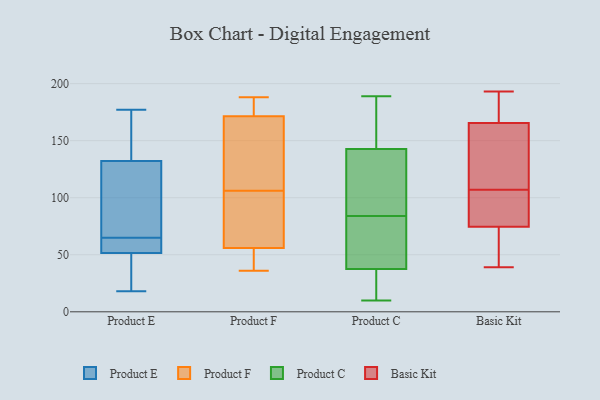
{"axis": {"x": "Demand Index", "y": "Value"}, "legend": ["Basic Kit", "Product C", "Product E", "Product F"], "data": [{"x": "", "y": 65, "type": "Product E"}, {"x": "", "y": 44, "type": "Product E"}, {"x": "", "y": 119, "type": "Product E"}, {"x": "", "y": 54, "type": "Product E"}, {"x": "", "y": 57, "type": "Product E"}, {"x": "", "y": 136, "type": "Product E"}, {"x": "", "y": 60, "type": "Product E"}, {"x": "", "y": 18, "type": "Product E"}, {"x": "", "y": 131, "type": "Product E"}, {"x": "", "y": 177, "type": "Product E"}, {"x": "", "y": 120, "type": "Product E"}, {"x": "", "y": 23, "type": "Product E"}, {"x": "", "y": 159, "type": "Product E"}, {"x": "", "y": 45, "type": "Product F"}, {"x": "", "y": 98, "type": "Product F"}, {"x": "", "y": 56, "type": "Product F"}, {"x": "", "y": 75, "type": "Product F"}, {"x": "", "y": 55, "type": "Product F"}, {"x": "", "y": 56, "type": "Product F"}, {"x": "", "y": 161, "type": "Product F"}, {"x": "", "y": 36, "type": "Product F"}, {"x": "", "y": 180, "type": "Product F"}, {"x": "", "y": 180, "type": "Product F"}, {"x": "", "y": 175, "type": "Product F"}, {"x": "", "y": 160, "type": "Product F"}, {"x": "", "y": 180, "type": "Product F"}, {"x": "", "y": 188, "type": "Product F"}, {"x": "", "y": 106, "type": "Product F"}, {"x": "", "y": 136, "type": "Product F"}, {"x": "", "y": 51, "type": "Product F"}, {"x": "", "y": 127, "type": "Product F"}, {"x": "", "y": 84, "type": "Product F"}, {"x": "", "y": 150, "type": "Product C"}, {"x": "", "y": 151, "type": "Product C"}, {"x": "", "y": 85, "type": "Product C"}, {"x": "", "y": 35, "type": "Product C"}, {"x": "", "y": 10, "type": "Product C"}, {"x": "", "y": 25, "type": "Product C"}, {"x": "", "y": 84, "type": "Product C"}, {"x": "", "y": 121, "type": "Product C"}, {"x": "", "y": 45, "type": "Product C"}, {"x": "", "y": 51, "type": "Product C"}, {"x": "", "y": 189, "type": "Product C"}, {"x": "", "y": 110, "type": "Basic Kit"}, {"x": "", "y": 70, "type": "Basic Kit"}, {"x": "", "y": 187, "type": "Basic Kit"}, {"x": "", "y": 170, "type": "Basic Kit"}, {"x": "", "y": 152, "type": "Basic Kit"}, {"x": "", "y": 90, "type": "Basic Kit"}, {"x": "", "y": 193, "type": "Basic Kit"}, {"x": "", "y": 39, "type": "Basic Kit"}, {"x": "", "y": 107, "type": "Basic Kit"}, {"x": "", "y": 48, "type": "Basic Kit"}, {"x": "", "y": 88, "type": "Basic Kit"}]}